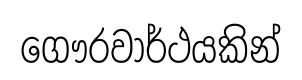
ගෞරවාර්ථයකින්